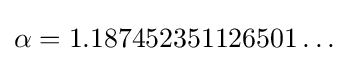
\alpha =1.187452351126501\ldots